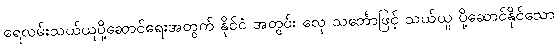
ရေလမ်းသယ်ယူပို့ဆောင်ရေးအတွက် နိုင်ငံ အတွင်း လှေ သင်္ဘောဖြင့် သယ်ယူ ပို့ဆောင်နိုင်သော